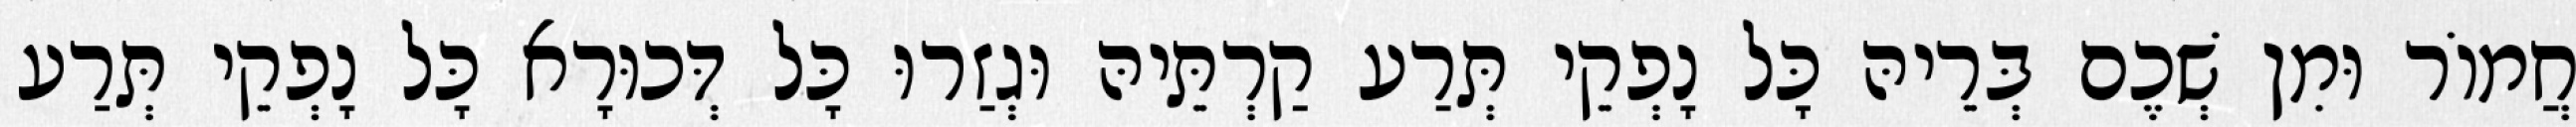
חֲמוֹר וּמִן שְׁכֶם בְּרֵיהּ כָּל נָפְקֵי תְּרַע קַרְתֵּיהּ וּגְזַרוּ כָּל דְּכוּרָא כָּל נָפְקֵי תְּרַע